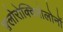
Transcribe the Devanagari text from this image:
फ़्लोरोक्विनोलोनों